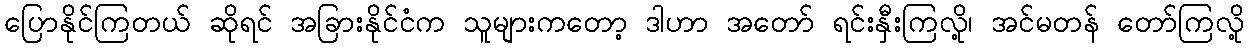
ပြောနိုင်ကြတယ် ဆိုရင် အခြားနိုင်ငံက သူများကတော့ ဒါဟာ အတော် ရင်းနှီးကြလို့၊ အင်မတန် တော်ကြလို့